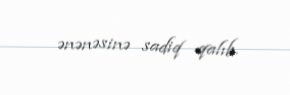
ənənəsinə sadiq qalıb.